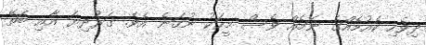
ދިވެހި ކެއުމެއްގެ ނަމެއް ވެސް މީހަކު ނުގަނެ އެވެ. ގަރުދިޔަ އާއި ބަތޭ